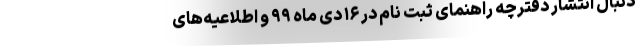
دنبال انتشار دفترچه راهنمای ثبت نام در ۱۶ دی ماه ۹۹ و اطلاعیه‌های